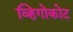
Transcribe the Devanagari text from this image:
व्हिगोकोट